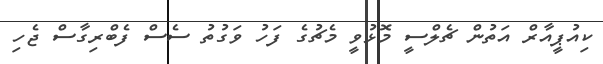
ކިއުޕީއާރް އަތުން ޗެލްސީ މޮޅުވީ މެޗުގެ ފަހު ވަގުތު ސެސް ފެބްރިގާސް ޖެހި